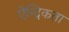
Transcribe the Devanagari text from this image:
ऐन्द्रिकता